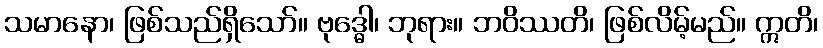
သမာနော၊ ဖြစ်သည်ရှိသော်။ ဗုဒ္ဓေါ၊ ဘုရား။ ဘဝိဿတိ၊ ဖြစ်လိမ့်မည်။ ဣတိ၊